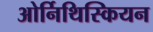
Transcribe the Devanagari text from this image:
ओर्निथिस्कियन